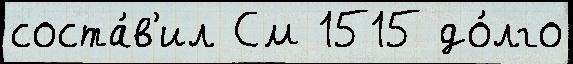
соста́в'ил См 1515 до́лго